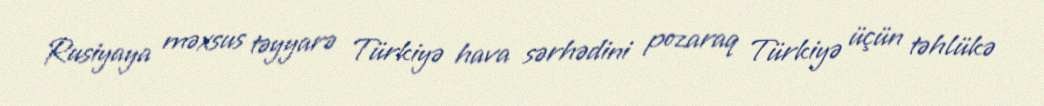
Rusiyaya məxsus təyyarə Türkiyə hava sərhədini pozaraq Türkiyə üçün təhlükə